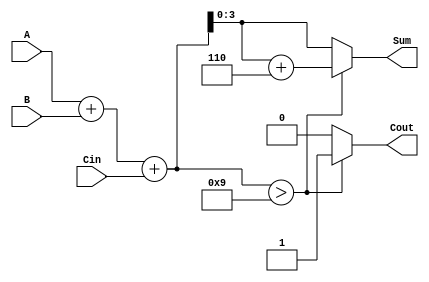
module BCD_Conditional_Adder (
    input [3:0] A,      // First BCD digit
    input [3:0] B,      // Second BCD digit
    input Cin,          // Carry-in
    output reg [3:0] Sum, // BCD sum output
    output reg Cout      // Carry-out
);

    reg [4:0] S; // 5-bit sum to hold the addition of A, B, and Cin

    always @(*) begin
        // Step 1: Perform binary addition
        S = A + B + Cin; // Adding the two BCD digits and carry-in

        // Step 2: BCD Correction Logic
        if (S > 9) begin
            S = S + 6; // Correcting the sum for BCD
            Cout = 1;  // Set carry-out if correction is made
        end else begin
            Cout = 0;  // No carry-out if sum is valid BCD
        end
        
        // Step 3: Assign the corrected sum to output
        Sum = S[3:0]; // The lower 4 bits represent the BCD result
    end

endmodule